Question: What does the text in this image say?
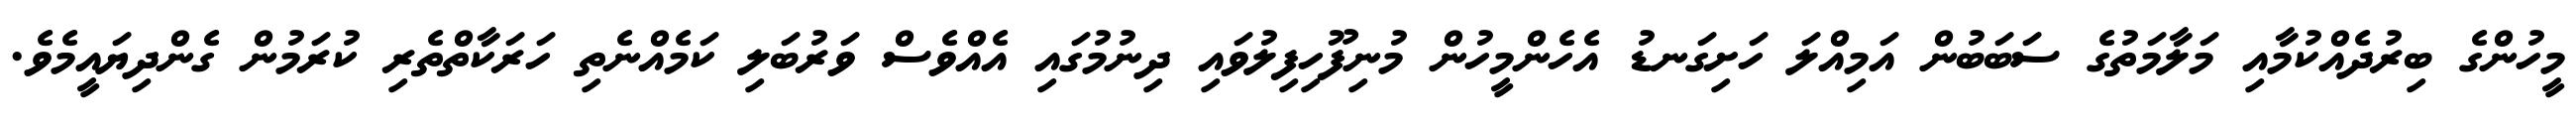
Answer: މީހުންގެ ބިރުދެއްކުމާއި މަލާމަތުގެ ސަބަބުން އަމިއްލަ ހަށިގަނޑު އެހެންމީހުން މުނިފޫހިފިލުވައި ދިނުމުގައި އެއްވެސް ވަރުބަލި ކަމެއްނެތި ހަރަކާތްތެރި ކުރަމުން ގެންދިޔައީމެވެ.